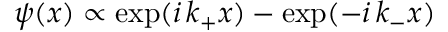
\psi ( x ) \propto \exp ( i \, k _ { + } x ) - \exp ( - i \, k _ { - } x )